Insane asylums in Bengal annual reports 1867-1875 - 1867-1875
Year: 1867
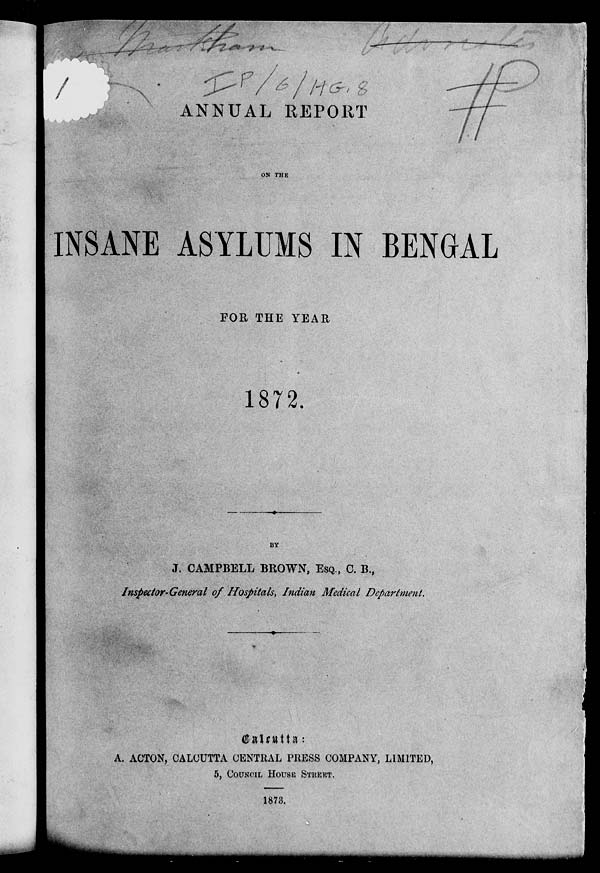
ANNUAL REPORT
ON THE
INSANE ASYLUMS IN BENGAL
FOR THE YEAR
1872.
BY
J. CAMPBELL BROWN, ESQ., C. B.,
Inspector-General of Hospitals, Indian Medical Department.
Calcutta:
A. ACTON, CALCUTTA CENTRAL PRESS COMPANY, LIMITED,
5, COUNCIL HOUSE STREET.
1873.